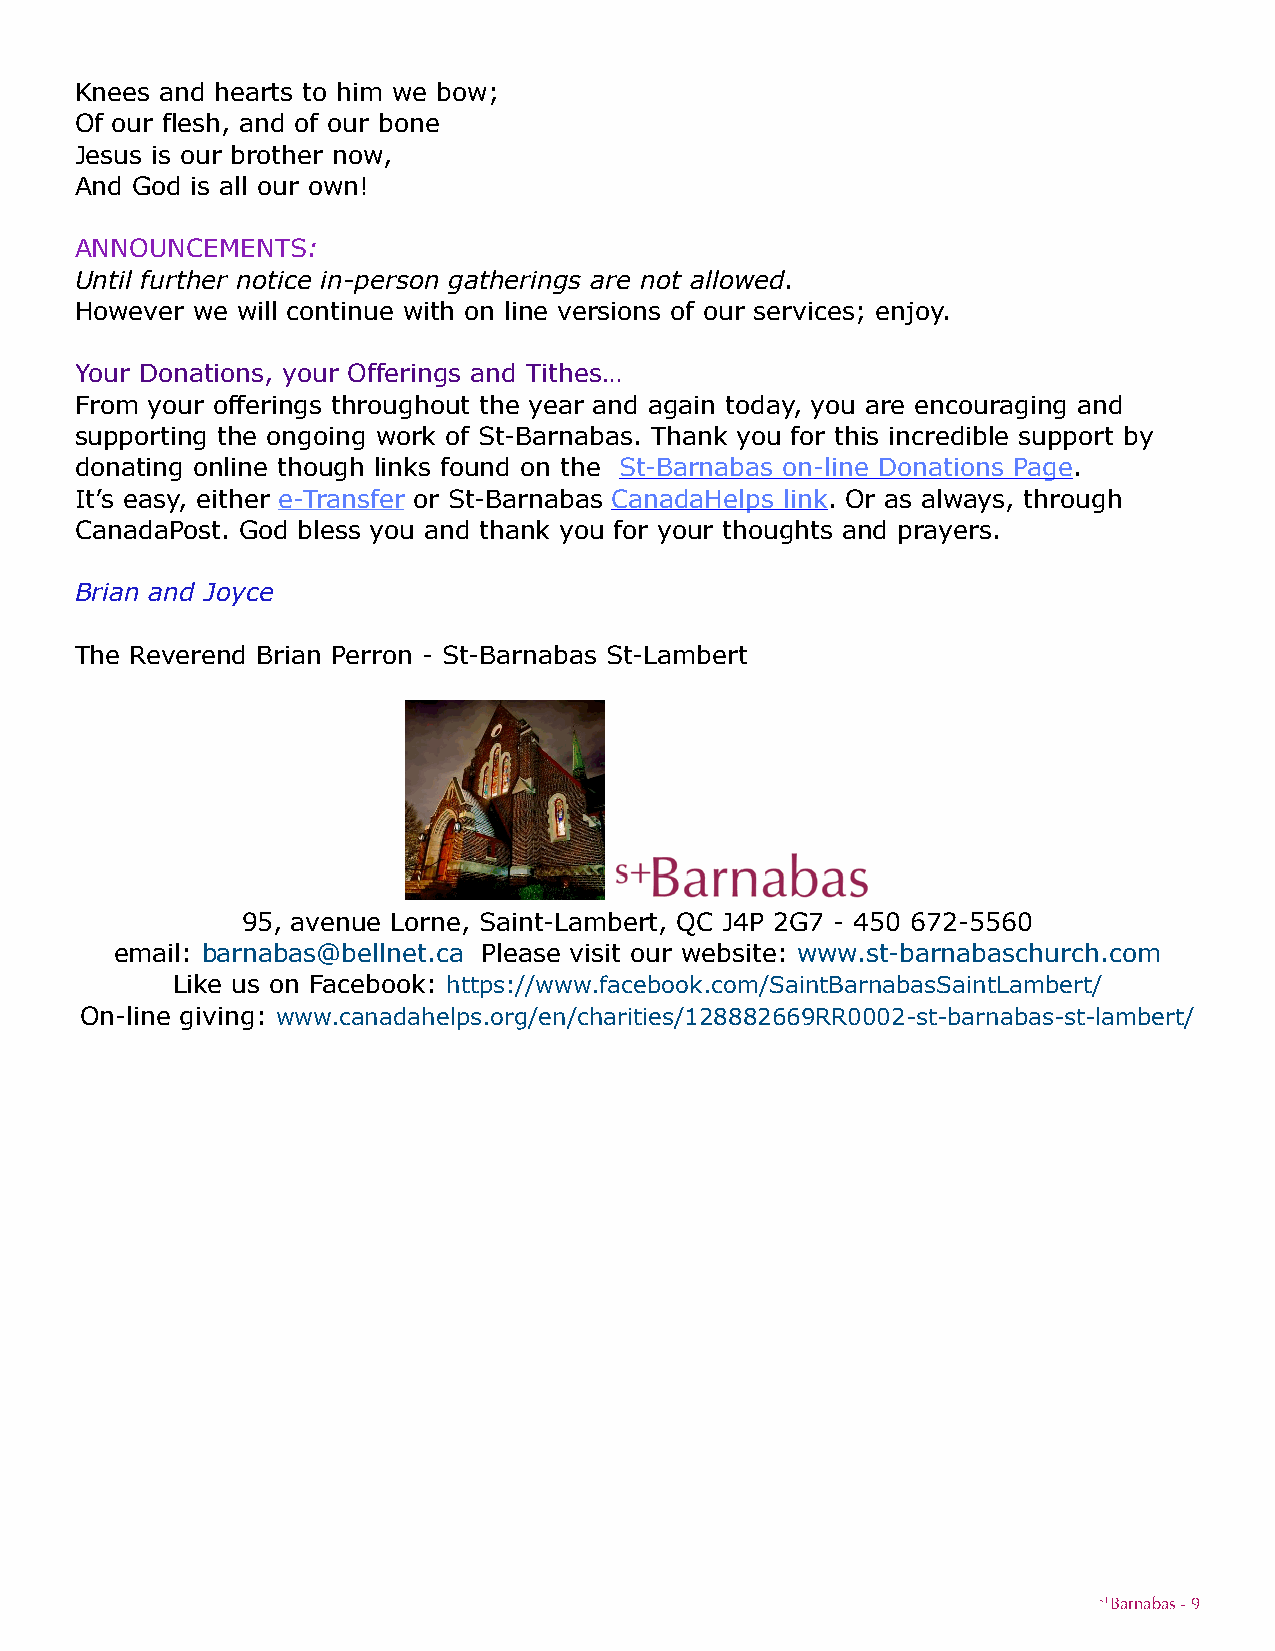
Knees and hearts to him we bow;
 Of our flesh, and of our bone
 Jesus is our brother now,
 And God is all our own!
 ANNOUNCEMENTS:
 Until further notice in-person gatherings are not allowed.
 However we will continue with on line versions of our services; enjoy.
 Your Donations, your Offerings and Tithes…
 From your offerings throughout the year and again today, you are encouraging and
 supporting the ongoing work of St-Barnabas. Thank you for this incredible support by
 donating online though links found on the St-Barnabas on-line Donations Page.
 It’s easy, either e-Transfer or St-Barnabas CanadaHelps link. Or as always, through
 CanadaPost. God bless you and thank you for your thoughts and prayers.
 Brian and Joyce
 The Reverend Brian Perron - St-Barnabas St-Lambert
 95, avenue Lorne, Saint-Lambert, QC J4P 2G7 - 450 672-5560
 email: barnabas@bellnet.ca Please visit our website: www.st-barnabaschurch.com
 Like us on Facebook: https://www.facebook.com/SaintBarnabasSaintLambert/
 On-line giving: www.canadahelps.org/en/charities/128882669RR0002-st-barnabas-st-lambert/
 s+Barnabas - 9